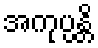
အကုပ္ပန္တိ